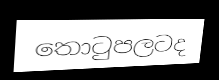
තොටුපලටද